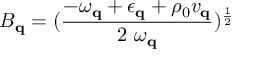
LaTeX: B _ { { \bf { q } } } = ( \frac { - \omega _ { { \bf { q } } } + \epsilon _ { { \bf { q } } } + \rho _ { 0 } v _ { { \bf { q } } } } { 2 \mathrm { ~ } \omega _ { { \bf { q } } } } ) ^ { \frac { 1 } { 2 } }